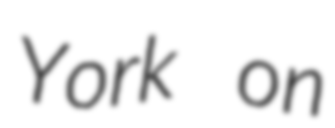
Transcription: York on